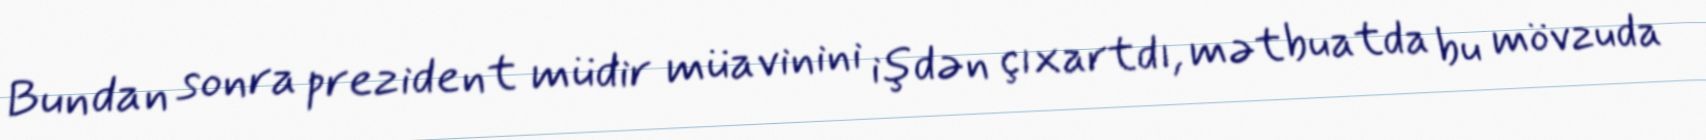
Bundan sonra prezident müdir müavinini işdən çıxartdı, mətbuatda bu mövzuda